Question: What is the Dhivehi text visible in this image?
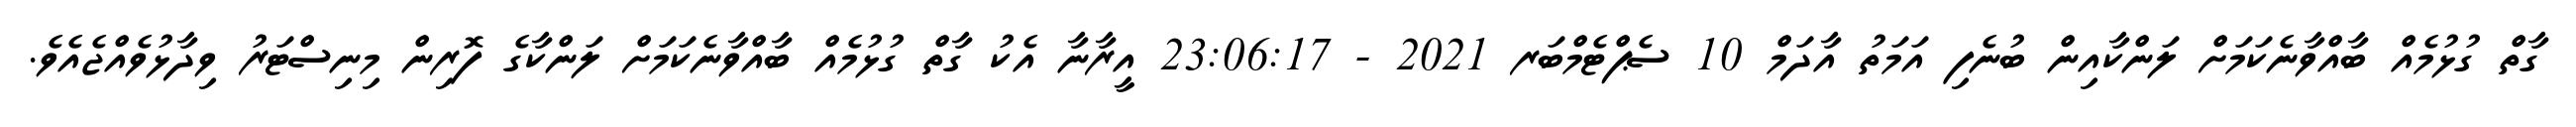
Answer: ގާތް ގުޅުމެއް ބާއްވާނެކަމަށް ލަންކާއިން ބުނެފި އަމަތު އާދަމް 10 ސެޕްޓެމްބަރ 2021 - 23:06:17 އީރާނާ އެކު ގާތް ގުޅުމެއް ބާއްވާނެކަމަށް ލަންކާގެ ފޮރިން މިނިސްޓަރު ވިދާޅުވެއްޖެއެވެ.